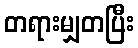
တရားမျှတပြီး